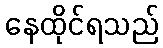
နေထိုင်ရသည်